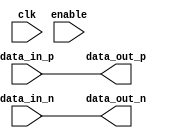
module IO_Block_Diff_Buffer (
    input wire data_in_p,
    input wire data_in_n,
    output wire data_out_p,
    output wire data_out_n,
    input wire enable,
    input wire clk
);

// Differential buffer logic
assign data_out_p = data_in_p;
assign data_out_n = data_in_n;

// Level shifting logic
// Additional features not implemented in this code

endmodule